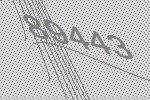
89443